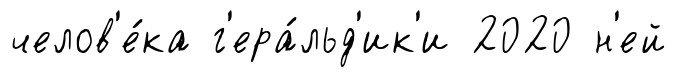
челов'е́ка г'ера́льд'ик'и 2020 н'ей